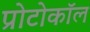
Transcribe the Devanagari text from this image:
प्रोटोकाॅल